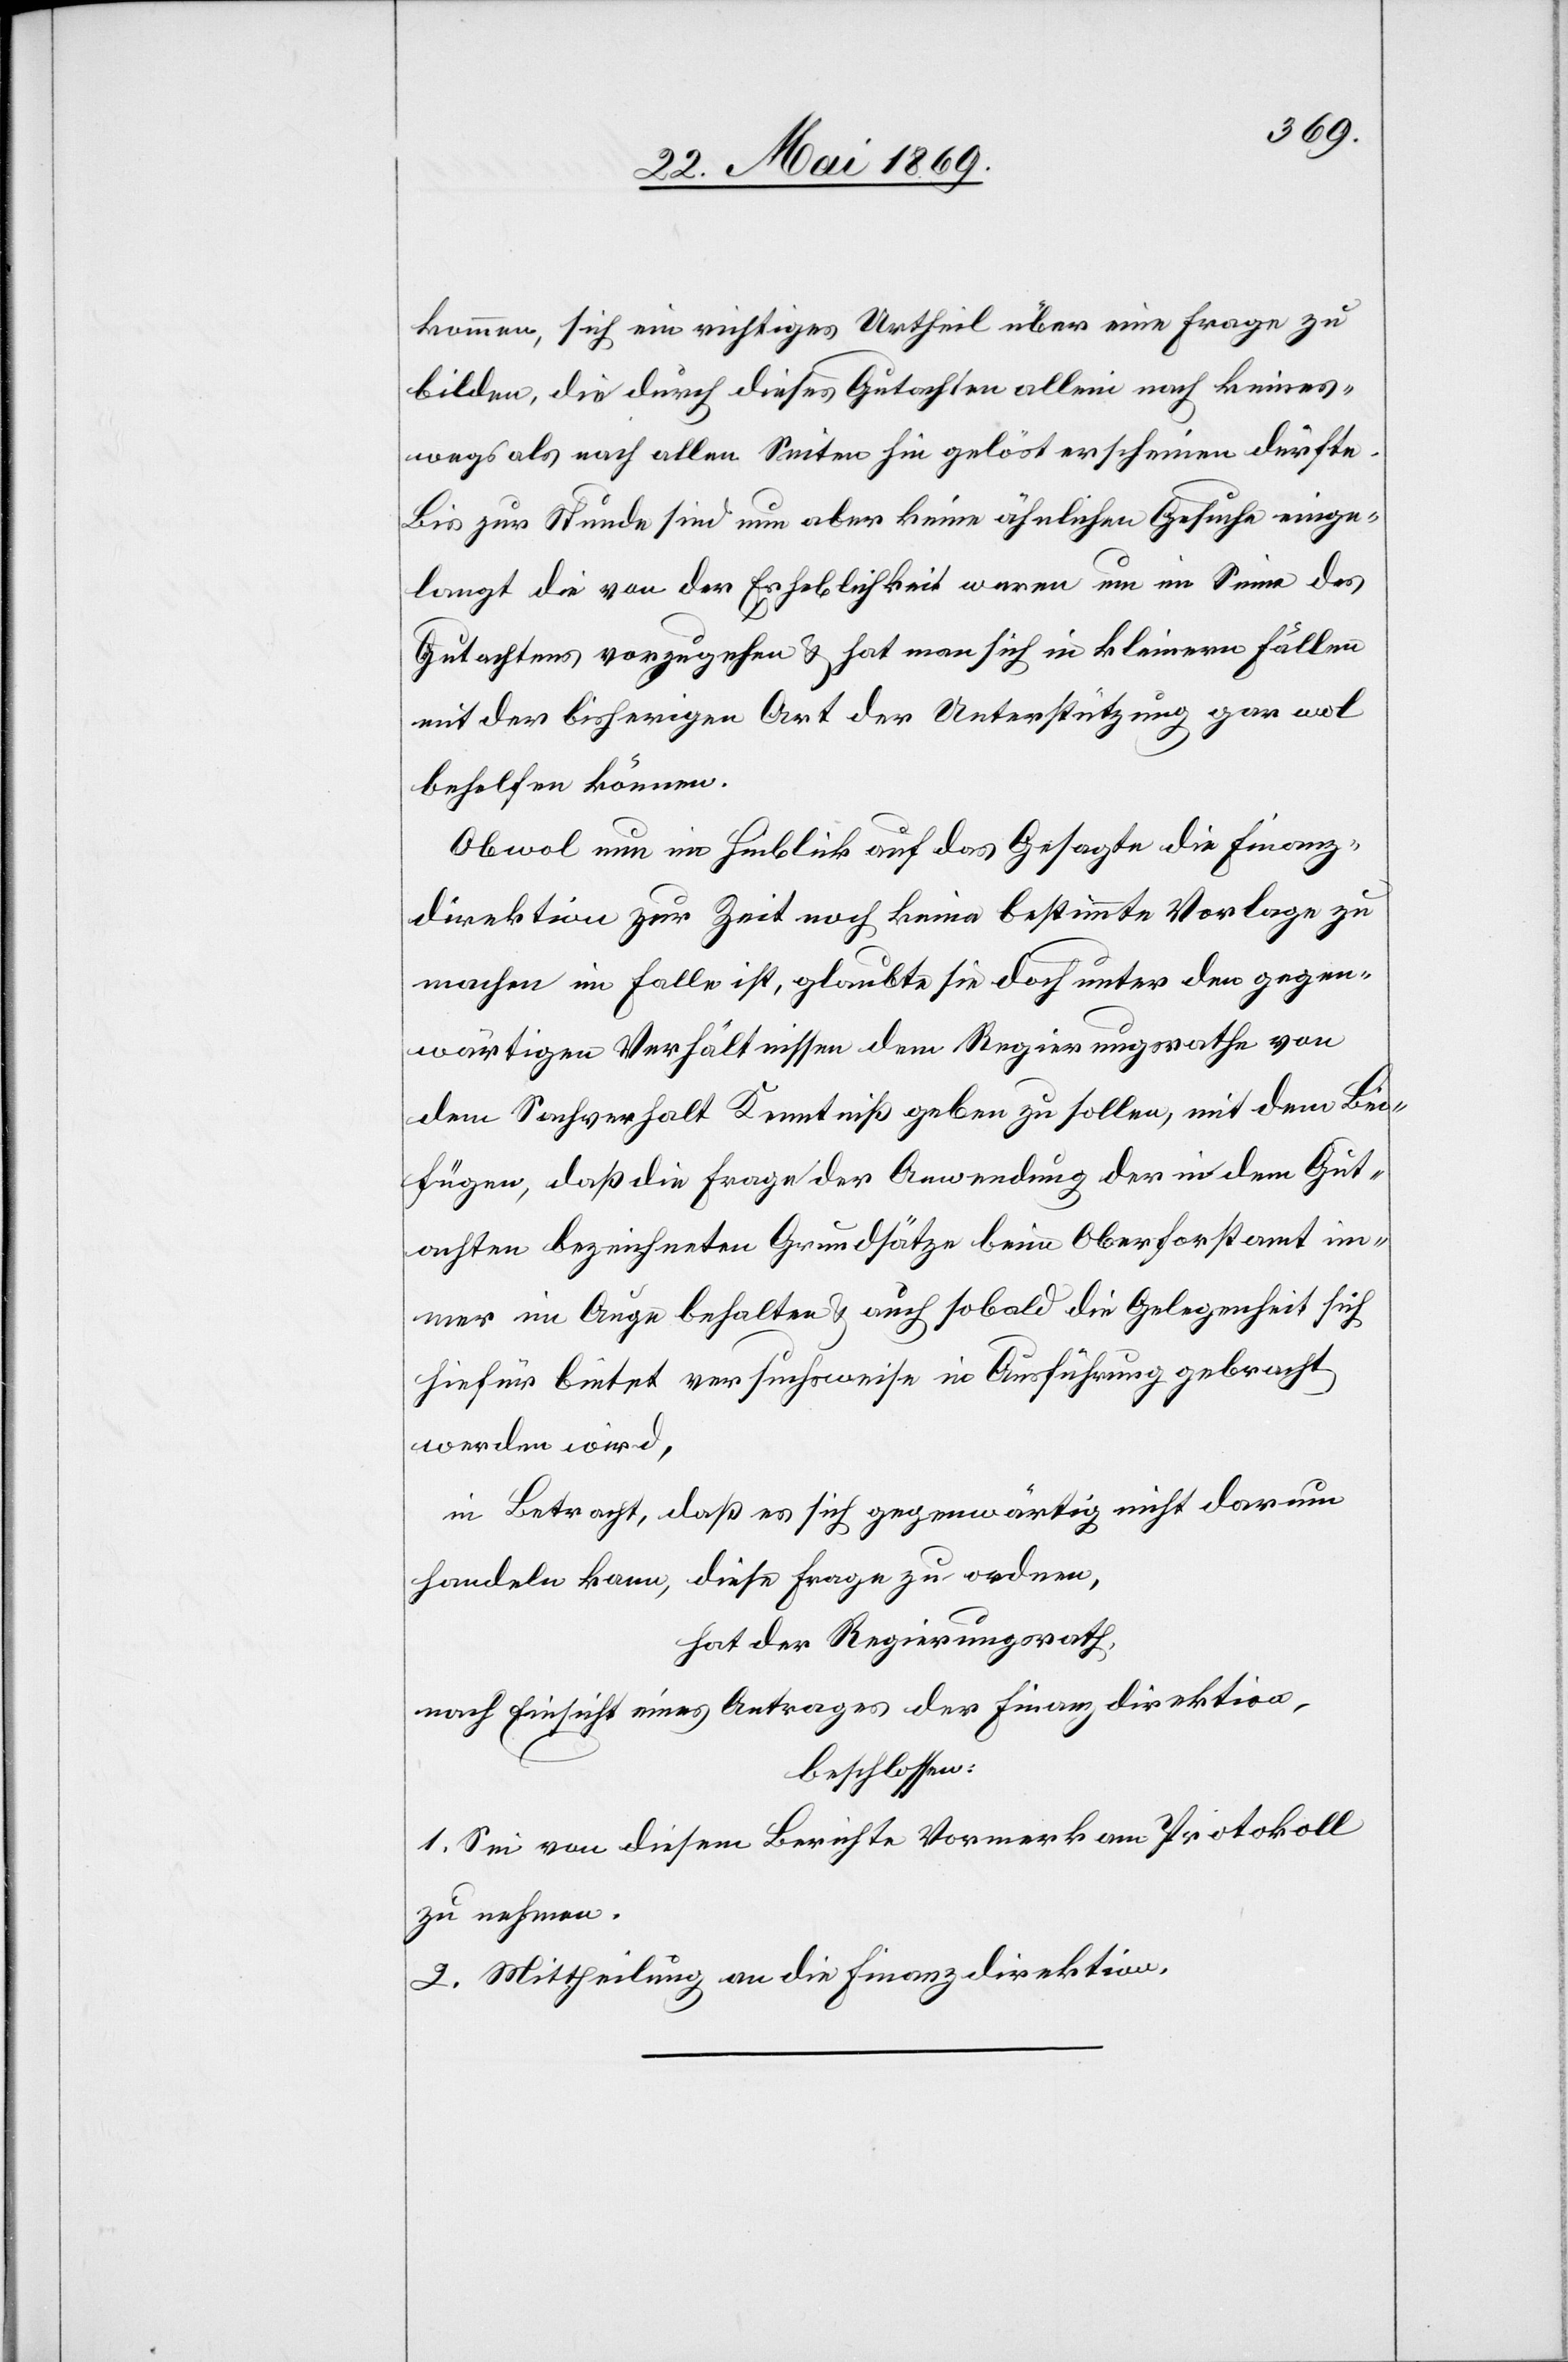
kommen, sich ein richtiges Urtheil über eine Frage zu
bilden, die durch dieses Gutachten allein noch keines¬
wegs als nach allen Seiten hin gelöst erscheinen dürfte.
Bis zur Stunde sind nun aber keine ähnlichen Gesuche einge¬
langt die von der Erheblichkeit waren um im Sinne des
Gutachtens vorzugehen u. hat man sich in kleinern Fällen
mit der bisherigen Art der Unterstützung gar wol
behelfen können.
Obwol nun im Hinblick auf das Gesagte die Finanz¬
direktion zur Zeit noch keine bestimmte Vorlage zu
machen im Falle ist, glaubte sie doch unter den gegen¬
wärtigen Verhältnissen dem Regierungsrathe von
dem Sachverhalt Kenntniß geben zu sollen, mit dem Bei¬
fügen, daß die Frage der Anwendung der in dem Gut¬
achten bezeichneten Grundsätze beim Oberforstamt im¬
mer im Auge behalten u. auch sobald die Gelegenheit sich
hiefür bietet versuchsweise in Ausführung gebracht
werden wird,
in Betracht, daß es sich gegenwärtig nicht darum
handeln kann, diese Frage zu ordnen,
hat der Regierungsrath,
nach Einsicht eines Antrages der Finanzdirektion,
beschlossen:
1. Sei von diesem Berichte Vormerk am Protokoll
zu nehmen.
2. Mittheilung an die Finanzdirektion.